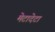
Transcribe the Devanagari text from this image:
मेटादेटा